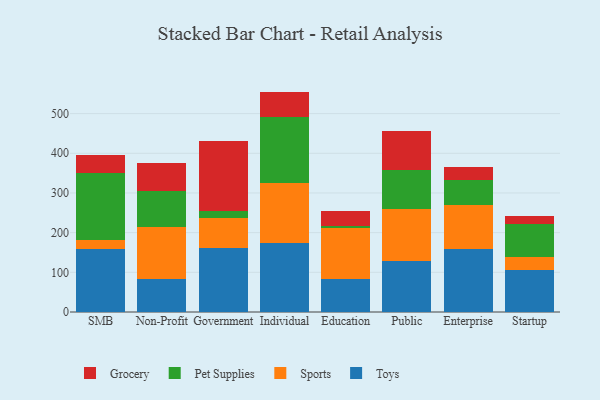
{"axis": {"x": "Segment", "y": "Customer Acquisition Cost (USD)"}, "legend": ["Grocery", "Pet Supplies", "Sports", "Toys"], "data": [{"x": "SMB", "y": 159.0, "type": "Toys"}, {"x": "SMB", "y": 21.4, "type": "Sports"}, {"x": "SMB", "y": 170.9, "type": "Pet Supplies"}, {"x": "SMB", "y": 44.1, "type": "Grocery"}, {"x": "Non-Profit", "y": 82.4, "type": "Toys"}, {"x": "Non-Profit", "y": 132.8, "type": "Sports"}, {"x": "Non-Profit", "y": 90.9, "type": "Pet Supplies"}, {"x": "Non-Profit", "y": 69.0, "type": "Grocery"}, {"x": "Government", "y": 161.5, "type": "Toys"}, {"x": "Government", "y": 75.7, "type": "Sports"}, {"x": "Government", "y": 17.7, "type": "Pet Supplies"}, {"x": "Government", "y": 175.8, "type": "Grocery"}, {"x": "Individual", "y": 173.6, "type": "Toys"}, {"x": "Individual", "y": 150.5, "type": "Sports"}, {"x": "Individual", "y": 166.4, "type": "Pet Supplies"}, {"x": "Individual", "y": 64.9, "type": "Grocery"}, {"x": "Education", "y": 83.8, "type": "Toys"}, {"x": "Education", "y": 127.4, "type": "Sports"}, {"x": "Education", "y": 5.7, "type": "Pet Supplies"}, {"x": "Education", "y": 37.8, "type": "Grocery"}, {"x": "Public", "y": 127.7, "type": "Toys"}, {"x": "Public", "y": 132.7, "type": "Sports"}, {"x": "Public", "y": 98.0, "type": "Pet Supplies"}, {"x": "Public", "y": 97.3, "type": "Grocery"}, {"x": "Enterprise", "y": 158.4, "type": "Toys"}, {"x": "Enterprise", "y": 111.2, "type": "Sports"}, {"x": "Enterprise", "y": 63.9, "type": "Pet Supplies"}, {"x": "Enterprise", "y": 32.3, "type": "Grocery"}, {"x": "Startup", "y": 104.8, "type": "Toys"}, {"x": "Startup", "y": 34.4, "type": "Sports"}, {"x": "Startup", "y": 83.2, "type": "Pet Supplies"}, {"x": "Startup", "y": 19.4, "type": "Grocery"}]}